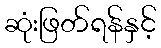
ဆုံးဖြတ်ရန်နှင့်